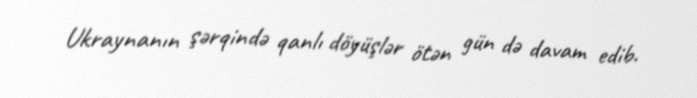
Ukraynanın şərqində qanlı döyüşlər ötən gün də davam edib.